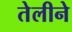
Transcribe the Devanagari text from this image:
तेलीने